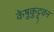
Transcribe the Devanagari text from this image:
केष़ुकुट्टुवन